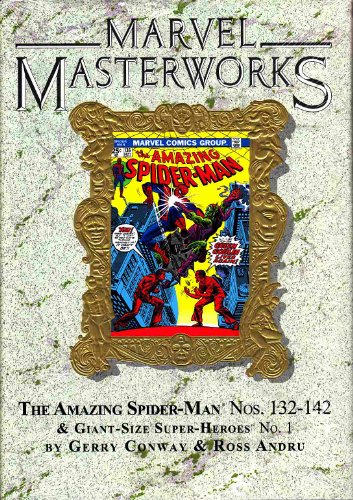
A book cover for Marvel Masterworks Spider-Man Vol 14 DM Variant Volume 182 (Marvel Masterworks); Gerry Conway; Comics & Graphic Novels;